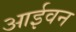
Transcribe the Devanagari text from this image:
आईवन